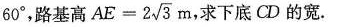
60°，路基高 $$AE=2 \sqrt{3}$$m ，求下底CD的宽.